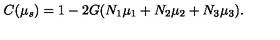
C ( \mu _ { s } ) = 1 - 2 G ( N _ { 1 } \mu _ { 1 } + N _ { 2 } \mu _ { 2 } + N _ { 3 } \mu _ { 3 } ) .